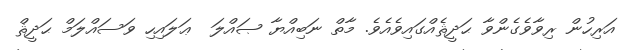
އަރިހުން ރިވާވެގެންވާ ޙަދީޘެއްގައިވެއެވެ. މާތް ނަބިއްޔާ ޞައްލަ  ޢަލައިހި ވަސައްލަމް ޙަދީޘް